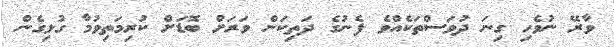
ވާރޭ ނުވެހި ގިނަ ދުވަސްތަކެއްވެ ފެނުގެ ދަތިކަން ވަރަށް ބޮޑަށް ކުރިމަތިވުމާ ގުޅިގެން